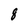
Character: 8